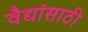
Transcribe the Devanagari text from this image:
वैद्यांसाठी